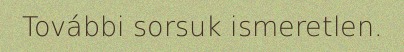
További sorsuk ismeretlen.